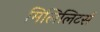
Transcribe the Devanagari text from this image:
मिलिलिटर्स